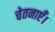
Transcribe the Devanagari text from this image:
चेतनाएँ।